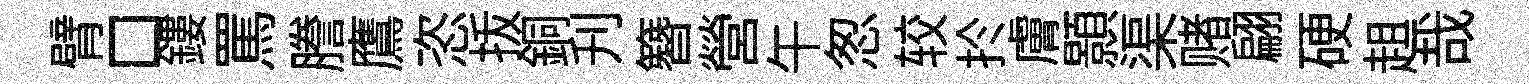
臂□鏤罵謄鷹恣㧞銅刋簪營午怱较扵膚顥渠赌翩硬趄哉